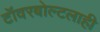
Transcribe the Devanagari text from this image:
टॉवरबोल्टलाही